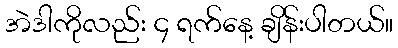
အဲဒါကိုလည်း ၄ ရက်နေ့ ချိန်းပါတယ်။